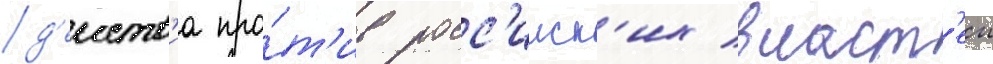
д'еиств'иа про́т'ив росс'ииск'их власт'еи